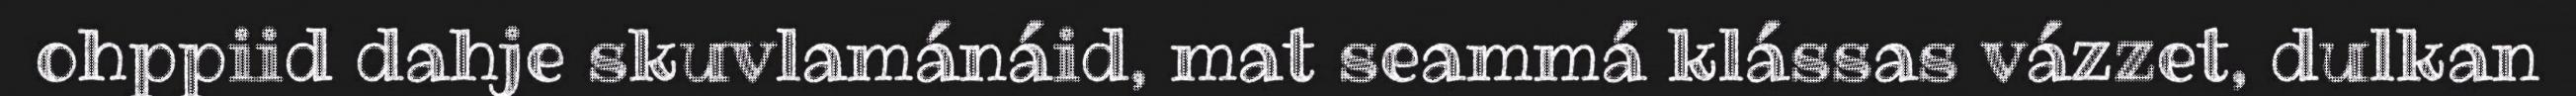
ohppiid dahje skuvlamánáid, mat seammá klássas vázzet, dulkan